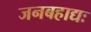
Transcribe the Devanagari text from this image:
जनबहाद्यः